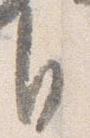
自